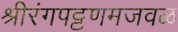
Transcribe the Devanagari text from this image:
श्रीरंगपट्टणमजवळ